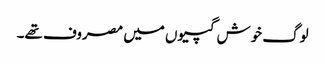
لوگ خوش گپیوں میں مصروف تھے۔